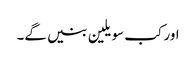
اور کب سویلین بنیں گے۔